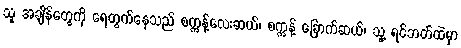
သူ အချိန်တွေကို ရေတွက်နေသည် စက္ကန့်လေးဆယ်၊ စက္ကန့် ခြောက်ဆယ်၊ သူ့ ရင်ဘတ်ထဲမှာ